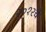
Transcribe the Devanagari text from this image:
२०१२चे